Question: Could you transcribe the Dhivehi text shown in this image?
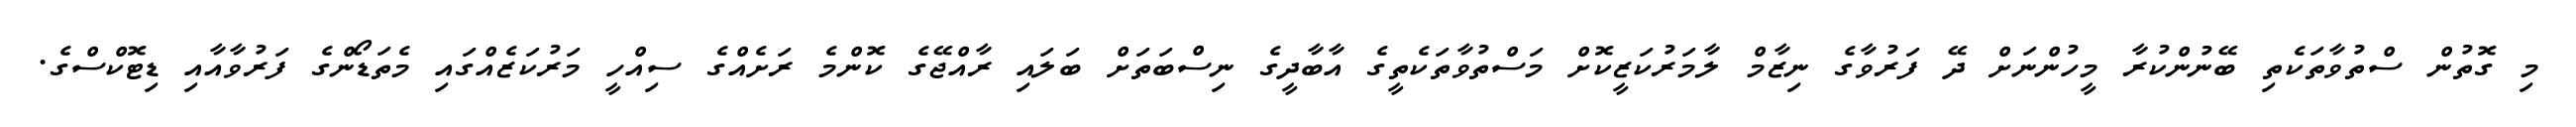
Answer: މި ގޮތުން ސްތުވާތަކެތި ބޭނުންކުރާ މީހުންނަށް ދޭ ފަރުވާގެ ނިޒާމް ލާމަރުކަޒީކޮށް މަސްތުވާތަކެތީގެ އާބާދީގެ ނިސްބަތަށް ބަލައި ރާއްޖޭގެ ކޮންމެ ރަށެއްގެ ސިއްހީ މަރުކަޒެއްގައި މެތަޑޯންގެ ފަރުވާއާއި ޑިޓޮކްސްގެ.